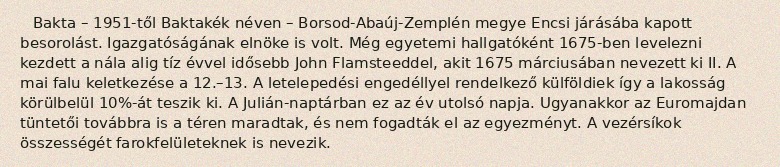
Bakta – 1951-től Baktakék néven – Borsod-Abaúj-Zemplén megye Encsi járásába kapott besorolást. Igazgatóságának elnöke is volt. Még egyetemi hallgatóként 1675-ben levelezni kezdett a nála alig tíz évvel idősebb John Flamsteeddel, akit 1675 márciusában nevezett ki II. A mai falu keletkezése a 12.–13. A letelepedési engedéllyel rendelkező külföldiek így a lakosság körülbelül 10%-át teszik ki. A Julián-naptárban ez az év utolsó napja. Ugyanakkor az Euromajdan tüntetői továbbra is a téren maradtak, és nem fogadták el az egyezményt. A vezérsíkok összességét farokfelületeknek is nevezik.